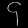
Digit: ၄